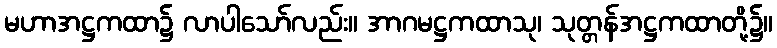
မဟာအဋ္ဌကထာ၌ လာပါသော်လည်း။ အာဂမဋ္ဌကထာသု၊ သုတ္တန်အဋ္ဌကထာတို့၌။